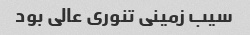
سیب زمینی تنوری عالی بود